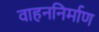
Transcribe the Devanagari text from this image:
वाहननिर्माण